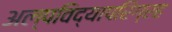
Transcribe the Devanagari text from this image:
अल्पविद्यापरिग्रह